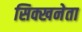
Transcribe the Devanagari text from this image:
सिक्खनेता